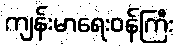
ကျန်းမာရေးဝန်ကြီး